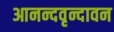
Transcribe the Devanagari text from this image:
आनन्दवृन्दावन